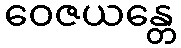
ဝေဇယန္တေ